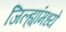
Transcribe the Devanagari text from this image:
जिल्ह्यांंमध्ये